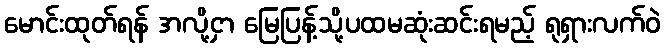
မောင်းထုတ်ရန် အလို့ငှာ မြေပြန့်သို့ပထမဆုံးဆင်းရမည့် ရုရှားလက်ဝဲ